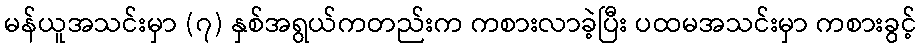
မန်ယူအသင်းမှာ (၇) နှစ်အရွယ်ကတည်းက ကစားလာခဲ့ပြီး ပထမအသင်းမှာ ကစားခွင့်